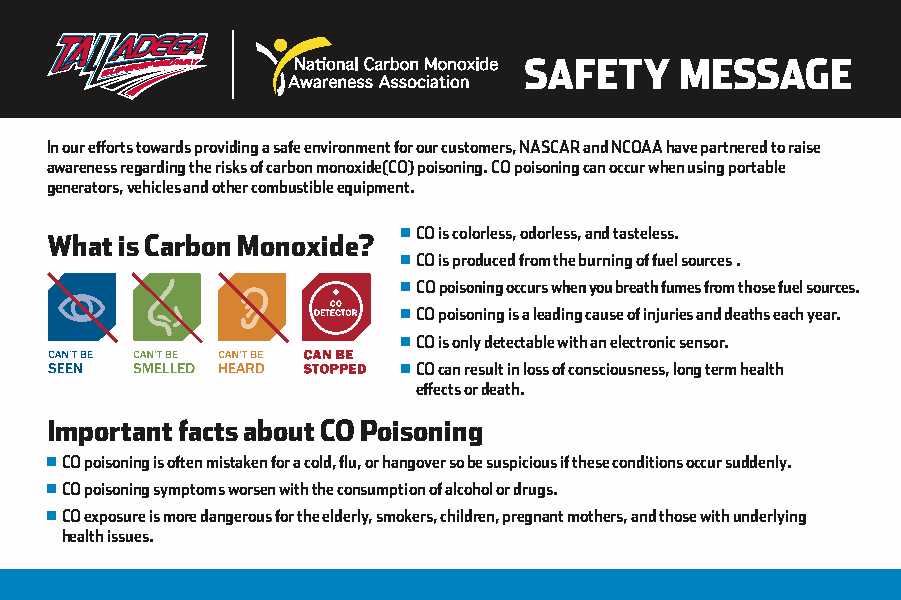
SAFETY    MESSAGE
 In our efforts towards providing a safe environment for our customers, NASCAR and NCOAA have partnered to raise
 awareness regarding the risks of carbon monoxide(CO) poisoning. CO poisoning can occur when using portable
 generators, vehicles and other combustible equipment.
 CO is colorless, odorless, and tasteless.
 What is Carbon Monoxide?
 CO is produced from the burning of fuel sources .
 C O poisoning occurs when you breath fumes from those fuel sources.
 CO poisoning is a leading cause of injuries and deaths each year.
 CO is only detectable with an electronic sensor.
 CO can result in loss of consciousness, long term health
 effects or death.
 Important facts about CO Poisoning
 CO poisoning is often mistaken for a cold, flu, or hangover so be suspicious if these conditions occur suddenly.
 CO poisoning symptoms worsen with the consumption of alcohol or drugs.
 CO exposure is more dangerous for the elderly, smokers, children, pregnant mothers, and those with underlying
 health issues.